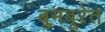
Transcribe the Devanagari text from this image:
बुमबूरेत